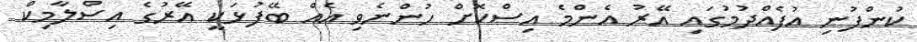
ކުންފުނި އުފެއްދުމުގައި އޭރު އެންމެ އިސްކޮށް ހުންނެވި އެއް ބޭފުޅަކީ އޭރުގެ އިސްލާމިކް